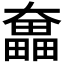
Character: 𡚗